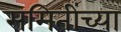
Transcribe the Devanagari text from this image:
समितींच्या